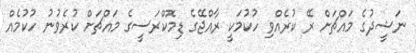
ނަޝީދުގެ މައްޗަށް ރޭ ކުރެއްވި ހުކުމަކީ ރާއްޖޭގެ ޑިމޮކްރަސީގެ މައްޗަށް ކުރެވުނު ހުކުމެއް